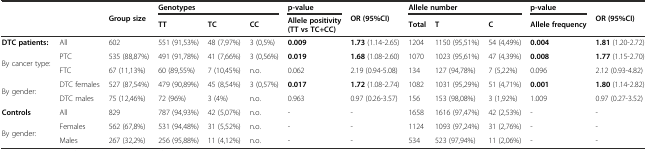
<table><thead><tr><td rowspan="2" colspan="2"></td><td rowspan="2"><b>Group size</b></td><td colspan="3"><b>Genotypes</b></td><td><b>p-value</b></td><td rowspan="2"><b>OR (95%CI)</b></td><td colspan="3"><b>Allele number</b></td><td><b>p-value</b></td><td rowspan="2"><b>OR (95%CI)</b></td></tr><tr><td><b>TT</b></td><td><b>TC</b></td><td><b>CC</b></td><td><b>Allele positivity (TT vs TC+CC)</b></td><td><b>Total</b></td><td><b>T</b></td><td><b>C</b></td><td><b>Allele frequency</b></td></tr></thead><tbody><tr><td><b>DTC patients:</b></td><td>All</td><td>602</td><td>551 (91,53%)</td><td>48 (7,97%)</td><td>3 (0,5%)</td><td><b>0.009</b></td><td><b>1.73</b> (1.14-2.65)</td><td>1204</td><td>1150 (95,51%)</td><td>54 (4,49%)</td><td><b>0.004</b></td><td><b>1.81</b> (1.20-2.72)</td></tr><tr><td rowspan="2">By cancer type:</td><td>PTC</td><td>535 (88,87%)</td><td>491 (91,78%)</td><td>41 (7,66%)</td><td>3 (0,56%)</td><td><b>0.019</b></td><td><b>1.68</b> (1.08-2.60)</td><td>1070</td><td>1023 (95,61%)</td><td>47 (4,39%)</td><td><b>0.008</b></td><td><b>1.77</b> (1.15-2.70)</td></tr><tr><td>FTC</td><td>67 (11,13%)</td><td>60 (89,55%)</td><td>7 (10,45%)</td><td>n.o.</td><td>0.062</td><td>2.19 (0.94-5.08)</td><td>134</td><td>127 (94,78%)</td><td>7 (5,22%)</td><td>0.096</td><td>2.12 (0.93-4.82)</td></tr><tr><td rowspan="2">By gender:</td><td>DTC females</td><td>527 (87,54%)</td><td>479 (90,89%)</td><td>45 (8,54%)</td><td>3 (0,57%)</td><td><b>0.017</b></td><td><b>1.72</b> (1.08-2.74)</td><td>1082</td><td>1031 (95,29%)</td><td>51 (4,71%)</td><td><b>0.001</b></td><td><b>1.80</b> (1.14-2.82)</td></tr><tr><td>DTC males</td><td>75 (12,46%)</td><td>72 (96%)</td><td>3 (4%)</td><td>n.o.</td><td>0.963</td><td>0.97 (0.26-3.57)</td><td>156</td><td>153 (98,08%)</td><td>3 (1,92%)</td><td>1.009</td><td>0.97 (0.27-3.52)</td></tr><tr><td><b>Controls</b></td><td>All</td><td>829</td><td>787 (94,93%)</td><td>42 (5,07%)</td><td>n.o.</td><td>-</td><td>-</td><td>1658</td><td>1616 (97,47%)</td><td>42 (2,53%)</td><td>-</td><td>-</td></tr><tr><td rowspan="2">By gender:</td><td>Females</td><td>562 (67,8%)</td><td>531 (94,48%)</td><td>31 (5,52%)</td><td>n.o.</td><td>-</td><td>-</td><td>1124</td><td>1093 (97,24%)</td><td>31 (2,76%)</td><td>-</td><td>-</td></tr><tr><td>Males</td><td>267 (32,2%)</td><td>256 (95,88%)</td><td>11 (4,12%)</td><td>n.o.</td><td>-</td><td>-</td><td>534</td><td>523 (97,94%)</td><td>11 (2,06%)</td><td>-</td><td>-</td></tr></tbody></table>